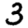
Digit: 3